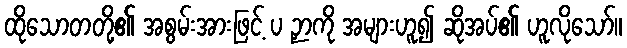
ထိုသောတတို့၏ အစွမ်းအားဖြင့် ပ ဉှာကို အများဟူ၍ ဆိုအပ်၏ ဟူလိုသော်။